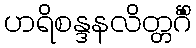
ဟရိစန္ဒနလိတ္တင်္ဂိံ